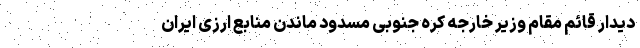
دیدار قائم مقام وزیر خارجه کره جنوبی مسدود ماندن منابع ارزی ایران